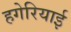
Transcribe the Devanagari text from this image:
हगेरियाई